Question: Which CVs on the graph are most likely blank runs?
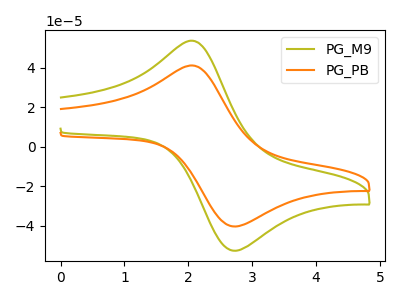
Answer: <think>The olive curve "PG_M9" has an anodic peak at (2.10V, 53.30uA) and a cathodic peak at (2.75V, -52.55uA). The orange curve "PG_PB" has an anodic peak at (2.10V, 40.85uA) and a cathodic peak at (2.75V, -40.30uA).</think>
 <answer>There are not any CV's on this graph that are likely to be blanks.</answer>
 <eval>none</eval>